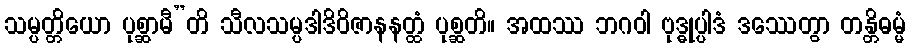
သမ္ပတ္တိယော ပုစ္ဆာမီ”တိ သီလသမ္ပဒါဒိဝိဇာနနတ္ထံ ပုစ္ဆတိ။ အထဿ ဘဂဝါ ဗုဒ္ဓုပ္ပါဒံ ဒဿေတွာ တန္တိဓမ္မံ